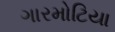
ગારમોટિયા